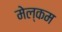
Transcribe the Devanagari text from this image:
मेल्‍कम